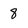
Character: 8